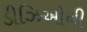
ડીઝિઓની